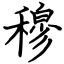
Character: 穆